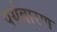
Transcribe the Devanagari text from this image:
पर्यवारण